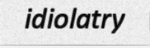
idiolatry